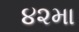
૪૨મા